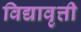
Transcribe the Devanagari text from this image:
विद्यावृत्ती